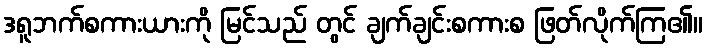
ဒရူဘက်စကားယားကို မြင်သည် တွင် ချက်ချင်းစကားစ ဖြတ်လိုက်ကြ၏။